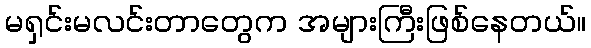
မရှင်းမလင်းတာတွေက အများကြီးဖြစ်နေတယ်။